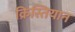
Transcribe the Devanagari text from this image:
क्रिस्तियान